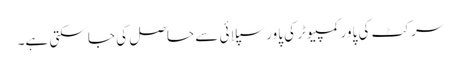
سرکٹ کی پاور کمپیوٹر کی پاور سپلائی سے حاصل کی جا سکتی ہے۔